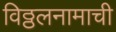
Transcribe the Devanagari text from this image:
विठ्ठलनामाची